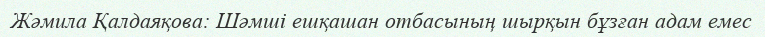
Жәмила Қалдаяқова: Шәмші ешқашан отбасының шырқын бұзған адам емес